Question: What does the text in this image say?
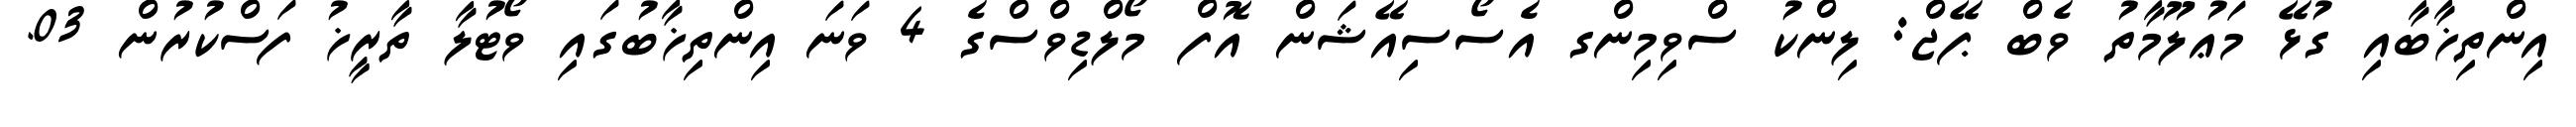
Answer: އިންތިޚާބާއި ގުޅޭ މަޢުލޫމާތު ވެބް ޕޭޖް: ލިންކު ސްވިމިންގ އެސޯސިއޭޝަން އޮފް މޯލްޑިވްސްގެ 4 ވަނަ އިންތިޚާބުގައި ވޯޓުލާ ތާރީޚު ފަސްކުރުން 03.